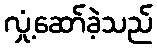
လှုံ့ဆော်ခဲ့သည်